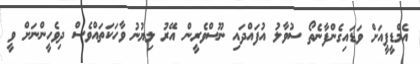
އެމްޑީޕީއަށް ވަޑައިގެންފާނެތޯ ސުވާލު އުފައްދައި ނޫސްވެރީން އޭރު ލިޔުނު ވާހަކަތައްވެސް ދިވެހީންނަށް ވީ